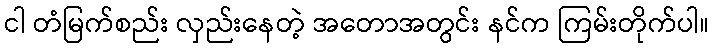
ငါ တံမြက်စည်း လှည်းနေတဲ့ အတောအတွင်း နင်က ကြမ်းတိုက်ပါ။